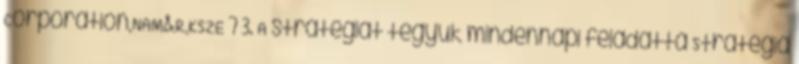
Corporation,NAM&R,KSZE 7 3. A stratégiát tegyük mindennapi feladattá Stratégia